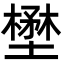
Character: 壄